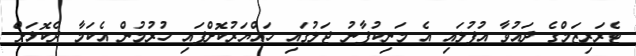
ޓެރަރިޒަމްގެ ދައުވާ އުފުލައި އެ މަނިކުފާނު ޖަލުގައި ހައްޔަރުކޮށްފައި ހުރުމުން އެކަމާ ދެކޮޅަށް